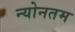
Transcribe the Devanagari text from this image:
न्योनतम